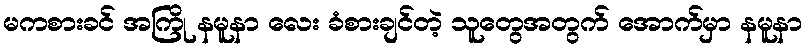
မကစားခင် အကြို နမူနာ လေး ခံစားချင်တဲ့ သူတွေအတွက် အောက်မှာ နမူနာ